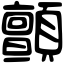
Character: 顫